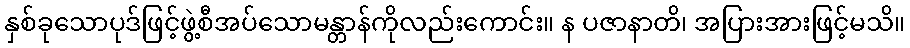
နှစ်ခုသောပုဒ်ဖြင့်ဖွဲ့စီအပ်သောမန္တာန်ကိုလည်းကောင်း။ န ပဇာနာတိ၊ အပြားအားဖြင့်မသိ။